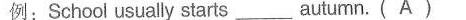
例:School usually starts__autumn. ( A)